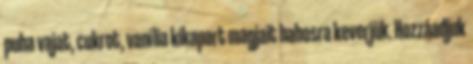
puha vajat, cukrot, vanília kikapart magjait habosra keverjük. Hozzáadjuk